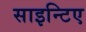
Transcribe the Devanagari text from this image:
साइन्टिए